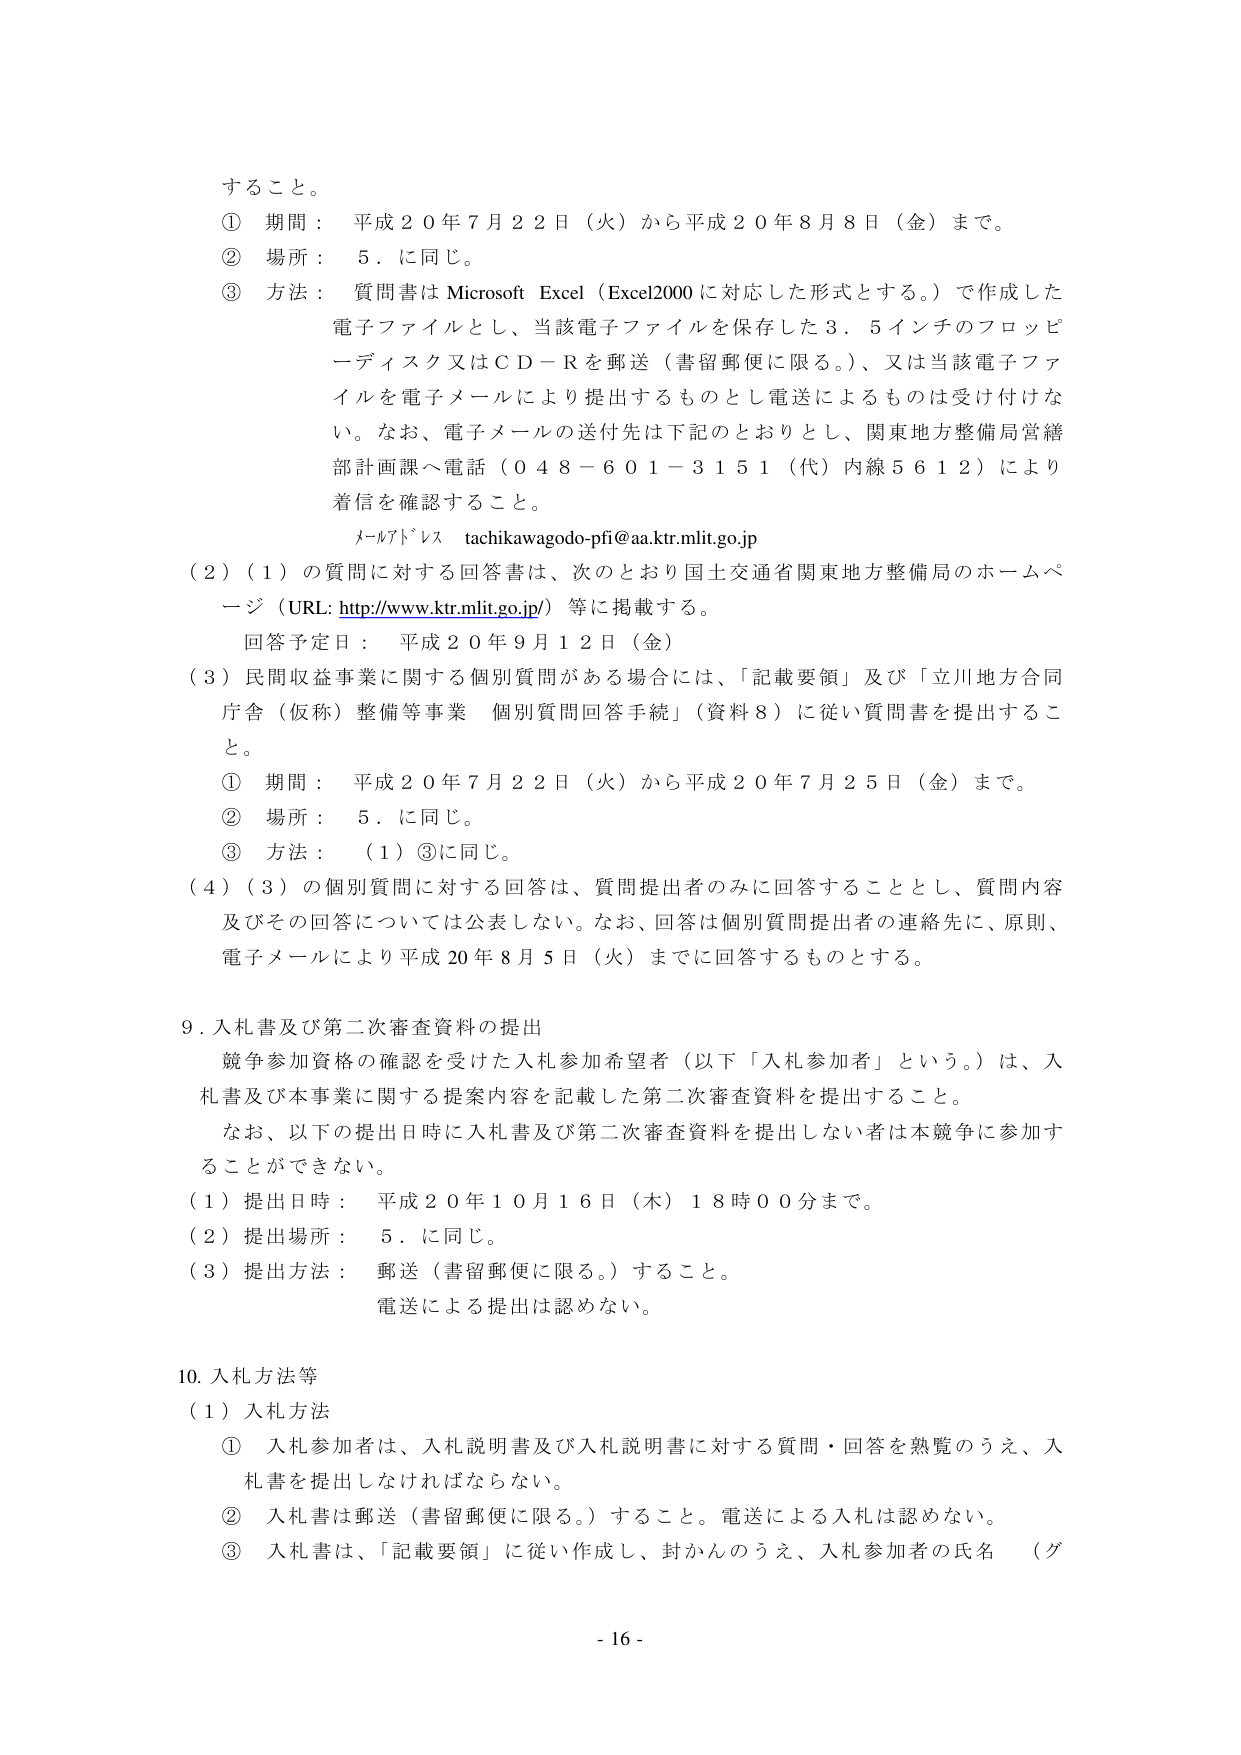
すること。

① 期間： 平成２０年７月２２日（火）から平成２０年８月８日（金）まで。

② 場所： ５．に同じ。

③ 方法： 質問書は Microsoft Excel（Excel2000 に対応した形式とする。）で作成した電子ファイルとし、当該電子ファイルを保存した３．５インチのフロッピーディスク又はＣＤ－Ｒを郵送（書留郵便に限る。）、又は当該電子ファイルを電子メールにより提出するものとし電送によるものは受け付けない。なお、電子メールの送付先は下記のとおりとし、関東地方整備局営繕部計画課へ電話（０４８－６０１－３１５１（代）内線５６１２）により着信を確認すること。

メールアドレス tachikawagodo-pfi@aa.ktr.mlit.go.jp

（２）（１）の質問に対する回答書は、次のとおり国土交通省関東地方整備局のホームページ（URL: http://www.ktr.mlit.go.jp/）等に掲載する。

回答予定日： 平成２０年９月１２日（金）

（３）民間収益事業に関する個別質問がある場合には、「記載要領」及び「立川地方合同庁舎（仮称）整備等事業 個別質問回答手続」（資料８）に従い質問書を提出すること。

① 期間： 平成２０年７月２２日（火）から平成２０年７月２５日（金）まで。

② 場所： ５．に同じ。

③ 方法： （１）③に同じ。

（４）（３）の個別質問に対する回答は、質問提出者のみに回答することとし、質問内容及びその回答については公表しない。なお、回答は個別質問提出者の連絡先に、原則、電子メールにより平成20年８月５日（火）までに回答するものとする。

９．入札書及び第二次審査資料の提出

競争参加資格の確認を受けた入札参加希望者（以下「入札参加者」という。）は、入札書及び本事業に関する提案内容を記載した第二次審査資料を提出すること。

なお、以下の提出日時に入札書及び第二次審査資料を提出しない者は本競争に参加することができない。

（１）提出日時： 平成２０年１０月１６日（木）１８時００分まで。

（２）提出場所： ５．に同じ。

（３）提出方法： 郵送（書留郵便に限る。）すること。

電送による提出は認めない。

10．入札方法等

（１）入札方法

① 入札参加者は、入札説明書及び入札説明書に対する質問・回答を熟覧のうえ、入札書を提出しなければならない。

② 入札書は郵送（書留郵便に限る。）すること。電送による入札は認めない。

③ 入札書は、「記載要領」に従い作成し、封かんのうえ、入札参加者の氏名 （グ

- 16 -